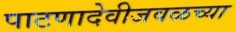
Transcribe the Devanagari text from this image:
पाटणादेवीजवळच्या